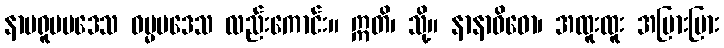
နာမရူပပဒေသ ဓမ္မပဒေသ လည်းကောင်း။ ဣတိ၊ သို့။ နာနာဝိဓော၊ အထူးထူး အပြားပြား